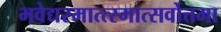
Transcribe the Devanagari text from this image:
भवेद्यस्मात्त्स्मात्सर्वोत्तमा